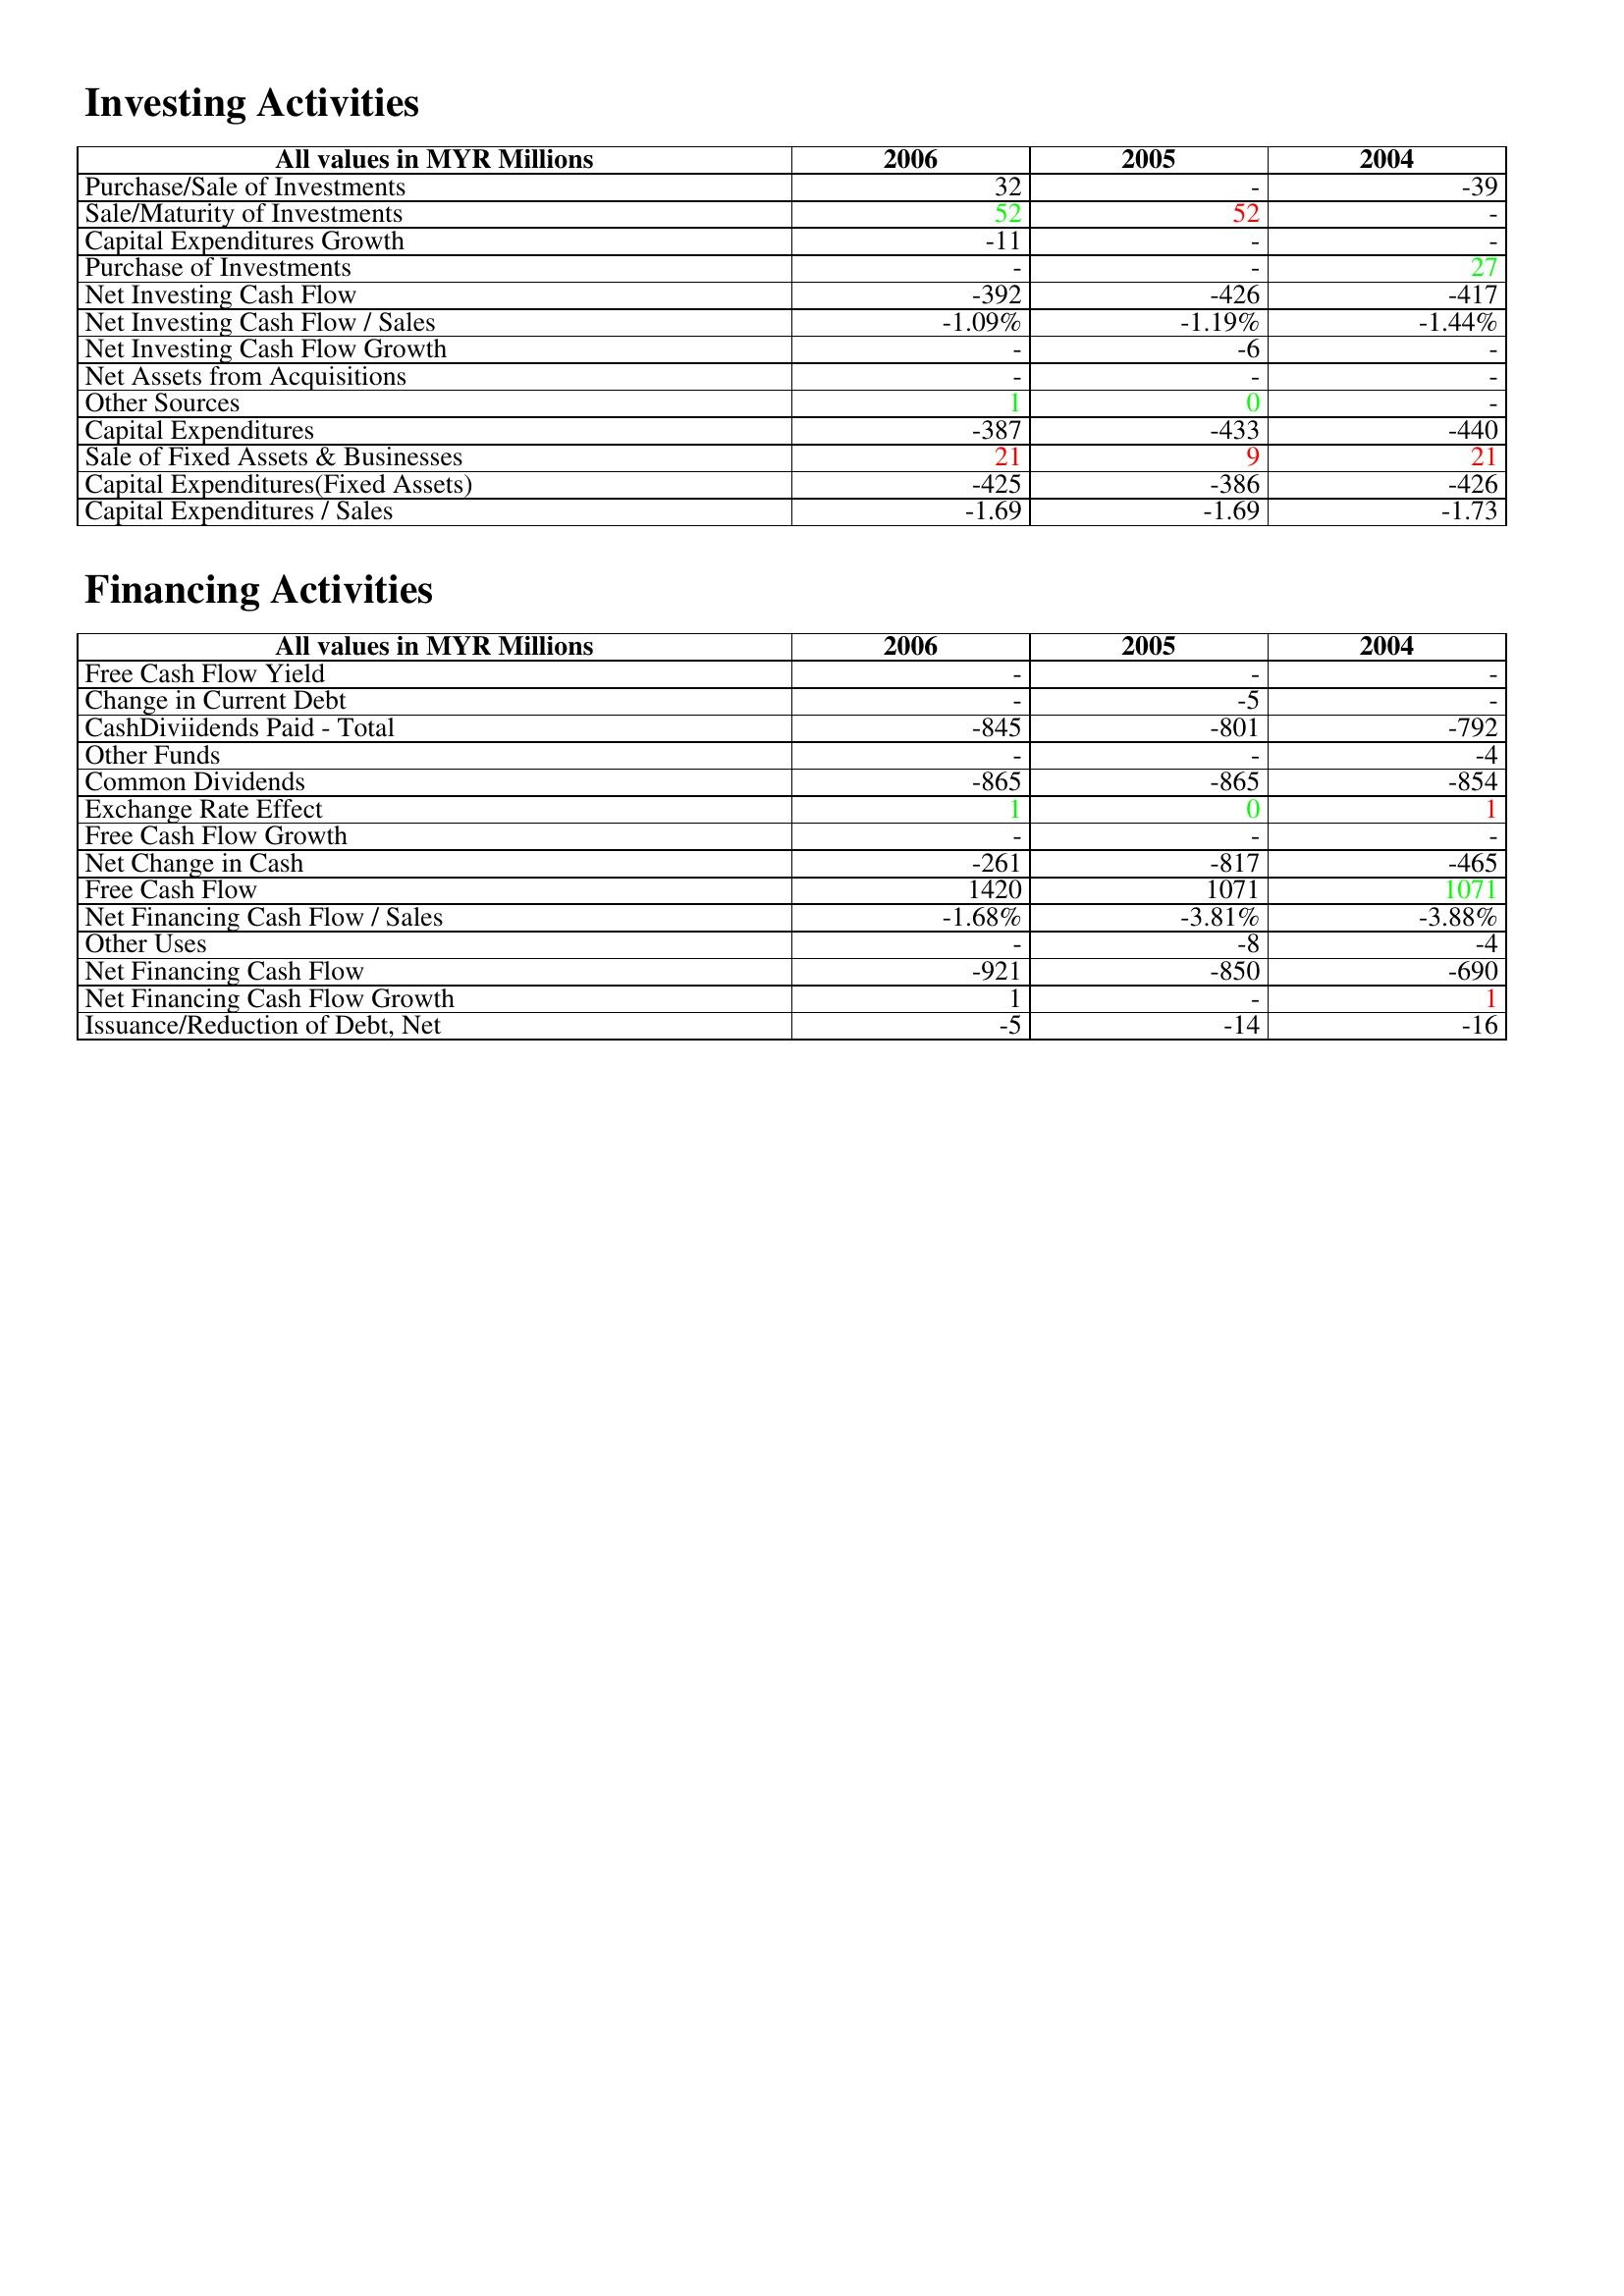
gt_parse: 2006: Investing Activities: Purchase/Sale of Investments: 32
Sale/Maturity of Investments: 52
Capital Expenditures Growth: -11
Purchase of Investments: -
Net Investing Cash Flow: -392
Net Investing Cash Flow / Sales: -1.09%
Net Investing Cash Flow Growth: -
Net Assets from Acquisitions: -
Other Sources: 1
Capital Expenditures: -387
Sale of Fixed Assets & Businesses: 21
Capital Expenditures(Fixed Assets): -425
Capital Expenditures / Sales: -1.69
Financing Activities: Free Cash Flow Yield: -
Change in Current Debt: -
CashDiviidends Paid - Total: -845
Other Funds: -
Common Dividends: -865
Exchange Rate Effect: 1
Free Cash Flow Growth: -
Net Change in Cash: -261
Free Cash Flow: 1420
Net Financing Cash Flow / Sales: -1.68%
Other Uses: -
Net Financing Cash Flow: -921
Net Financing Cash Flow Growth: 1
Issuance/Reduction of Debt, Net: -5
2005: Investing Activities: Purchase/Sale of Investments: -
Sale/Maturity of Investments: 52
Capital Expenditures Growth: -
Purchase of Investments: -
Net Investing Cash Flow: -426
Net Investing Cash Flow / Sales: -1.19%
Net Investing Cash Flow Growth: -6
Net Assets from Acquisitions: -
Other Sources: 0
Capital Expenditures: -433
Sale of Fixed Assets & Businesses: 9
Capital Expenditures(Fixed Assets): -386
Capital Expenditures / Sales: -1.69
Financing Activities: Free Cash Flow Yield: -
Change in Current Debt: -5
CashDiviidends Paid - Total: -801
Other Funds: -
Common Dividends: -865
Exchange Rate Effect: 0
Free Cash Flow Growth: -
Net Change in Cash: -817
Free Cash Flow: 1071
Net Financing Cash Flow / Sales: -3.81%
Other Uses: -8
Net Financing Cash Flow: -850
Net Financing Cash Flow Growth: -
Issuance/Reduction of Debt, Net: -14
2004: Investing Activities: Purchase/Sale of Investments: -39
Sale/Maturity of Investments: -
Capital Expenditures Growth: -
Purchase of Investments: 27
Net Investing Cash Flow: -417
Net Investing Cash Flow / Sales: -1.44%
Net Investing Cash Flow Growth: -
Net Assets from Acquisitions: -
Other Sources: -
Capital Expenditures: -440
Sale of Fixed Assets & Businesses: 21
Capital Expenditures(Fixed Assets): -426
Capital Expenditures / Sales: -1.73
Financing Activities: Free Cash Flow Yield: -
Change in Current Debt: -
CashDiviidends Paid - Total: -792
Other Funds: -4
Common Dividends: -854
Exchange Rate Effect: 1
Free Cash Flow Growth: -
Net Change in Cash: -465
Free Cash Flow: 1071
Net Financing Cash Flow / Sales: -3.88%
Other Uses: -4
Net Financing Cash Flow: -690
Net Financing Cash Flow Growth: 1
Issuance/Reduction of Debt, Net: -16